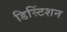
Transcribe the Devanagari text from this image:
डिस्टिंशन